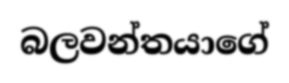
බලවන්තයාගේ